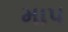
માપ